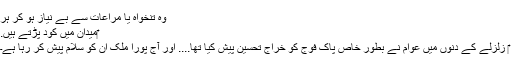
وہ تنخواہ یا مراعات سے بے نیاز ہو کر ہر
‎میدان میں کود پڑتے ہیں.
‎ زلزلے کے دنوں میں عوام نے بطور خاص پاک فوج کو خراج تحسین پیش کیا تھا.... اور آج پورا ملک ان کو سلام پیش کر رہا ہے۔